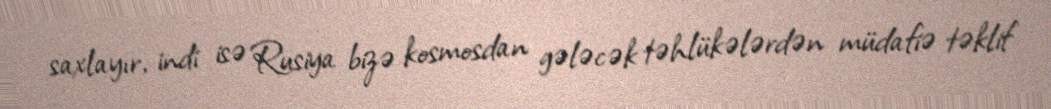
saxlayır, indi isə Rusiya bizə kosmosdan gələcək təhlükələrdən müdafiə təklif